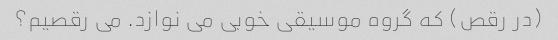
(در رقص) که گروه موسیقی خوبی می نوازد. می رقصیم؟